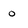
Character: o